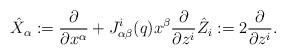
LaTeX: \begin{align*}\hat{X}_\alpha := \frac{\partial}{\partial x^\alpha} + J_{\alpha\beta}^i(q) x^\beta \frac{\partial}{\partial z^i} \hat{Z}_i := 2\frac{\partial}{\partial z^i}.\end{align*}